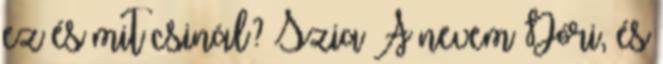
ez és mit csinál? Szia A nevem Dóri, és